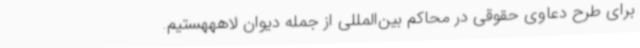
برای طرح دعاوی حقوقی در محاکم بین‌المللی از جمله دیوان لاهههستیم.